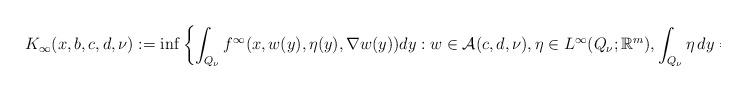
LaTeX: \begin{align*}K_\infty( x,b,c,d,\nu) :=\inf\left\{ \int_{Q_{\nu}}f^{\infty}(x,w( y),\eta( y) ,\nabla w(y))dy:w\in\mathcal{A}( c,d,\nu), \eta\in L^{\infty}( Q_{\nu};\mathbb{R}^{m}), \int_{Q_{\nu}}\eta\,dy=b\right\}, \end{align*}